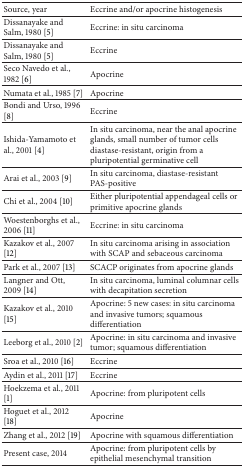
<table><thead><tr><td><b>Source, year</b></td><td><b>Eccrine and/or apocrine histogenesis</b></td></tr></thead><tbody><tr><td>Dissanayake and Salm, 1980 [5]</td><td>Eccrine: in situ carcinoma</td></tr><tr><td>Dissanayake and Salm, 1980 [5]</td><td>Eccrine</td></tr><tr><td>Seco Navedo et al., 1982 [6]</td><td>Apocrine</td></tr><tr><td>Numata et al., 1985 [7]</td><td>Apocrine</td></tr><tr><td>Bondi and Urso, 1996 [8]</td><td>Eccrine</td></tr><tr><td>Ishida-Yamamoto et al., 2001 [4]</td><td>In situ carcinoma, near the anal apocrine glands, small number of tumor cells diastase-resistant, origin from a pluripotential germinative cell</td></tr><tr><td>Arai et al., 2003 [9]</td><td>In situ carcinoma, diastase-resistant PAS-positive </td></tr><tr><td>Chi et al., 2004 [10]</td><td>Either pluripotential appendageal cells or primitive apocrine glands</td></tr><tr><td>Woestenborghs et al., 2006 [11]</td><td>Eccrine: in situ carcinoma</td></tr><tr><td>Kazakov et al., 2007 [12]</td><td>In situ carcinoma arising in association with SCAP and sebaceous carcinoma</td></tr><tr><td>Park et al., 2007 [13]</td><td>SCACP originates from apocrine glands</td></tr><tr><td>Langner and Ott, 2009 [14]</td><td>In situ carcinoma, luminal columnar cells with decapitation secretion</td></tr><tr><td>Kazakov et al., 2010 [15]</td><td>Apocrine: 5 new cases: in situ carcinoma and invasive tumors; squamous differentiation</td></tr><tr><td>Leeborg et al., 2010 [2]</td><td>Apocrine: in situ carcinoma and invasive tumor; squamous differentiation </td></tr><tr><td>Sroa et al., 2010 [16]</td><td>Eccrine</td></tr><tr><td>Aydin et al., 2011 [17]</td><td>Eccrine</td></tr><tr><td>Hoekzema et al., 2011 [1]</td><td>Apocrine: from pluripotent cells</td></tr><tr><td>Hoguet et al., 2012 [18]</td><td>Apocrine</td></tr><tr><td>Zhang et al., 2012 [19]</td><td>Apocrine with squamous differentiation</td></tr><tr><td>Present case, 2014</td><td>Apocrine: from pluripotent cells by epithelial mesenchymal transition</td></tr></tbody></table>